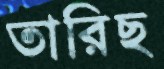
তারিছ